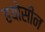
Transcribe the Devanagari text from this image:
हयोसीन